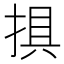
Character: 𢮭